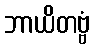
ဘာယိတဗ္ဗံ